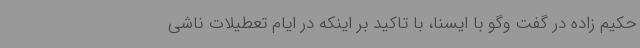
حکیم زاده در گفت وگو با ایسنا، با تاکید بر اینکه در ایام تعطیلات ناشی